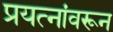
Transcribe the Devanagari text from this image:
प्रयत्‍नांवरून